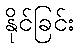
နိုင်ခြင်း